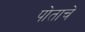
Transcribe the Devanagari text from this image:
पोताचे